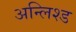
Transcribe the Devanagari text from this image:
अन्लिश्ड